Report on the lunatic asylums in Bengal - 1862-
Year: 1862
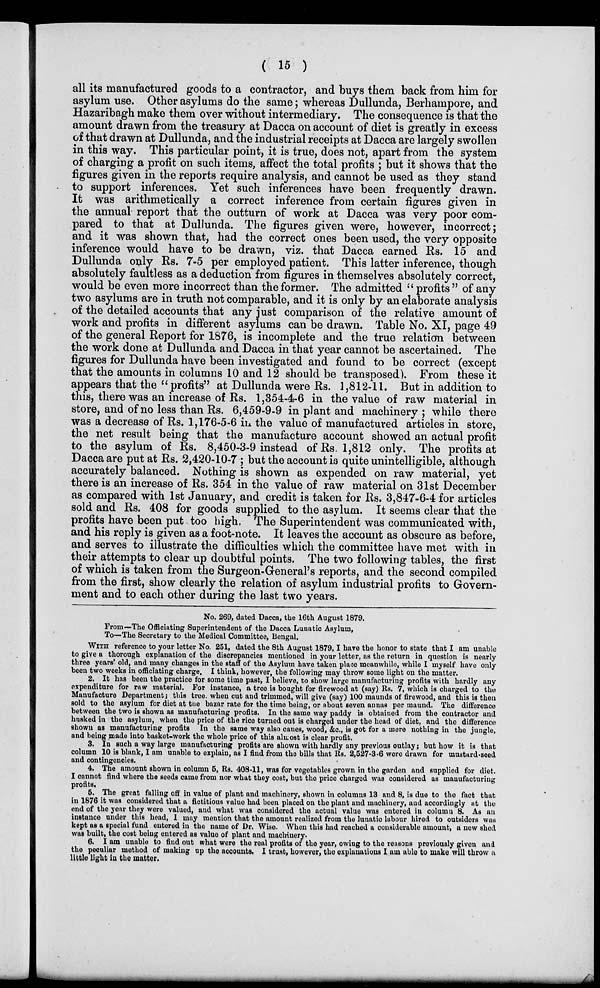
( 15 )
all its manufactured goods to a contractor, and buys them back from him for
asylum use. Other asylums do the same; whereas Dullunda, Berhampore, and
Hazaribagh make them over without intermediary. The consequence is that the
amount drawn from the treasury at Dacca on account of diet is greatly in excess
of that drawn at Dullunda, and the industrial receipts at Dacca are largely swollen
in this way. This particular point, it is true, does not, apart from the system
of charging a profit on such items, affect the total profits ; but it shows that the
figures given in the reports require analysis, and cannot be used as they stand
to support inferences. Yet such inferences have been frequently drawn.
It was arithmetically a correct inference from certain figures given in
the annual report that the outturn of work at Dacca was very poor com-
pared to that at Dullunda. The figures given were, however, incorrect;
and it was shown that, had the correct ones been used, the very opposite
inference would have to be drawn, viz. that Dacca earned Rs. 15 and
Dullunda only Rs. 7-5 per employed patient. This latter inference, though
absolutely faultless as a deduction from figures in themselves absolutely correct,
would be even more incorrect than the former. The admitted " profits " of any
two asylums are in truth not comparable, and it is only by an elaborate analysis
of the detailed accounts that any just comparison of the relative amount of
work and profits in different asylums can be drawn. Table No. XI, page 49
of the general Report for 1876, is incomplete and the true relation between
the work done at Dullunda and Dacca in that year cannot be ascertained. The
figures for Dullunda have been investigated and found to be correct (except
that the amounts in columns 10 and 12 should be transposed). From these it
appears that the " profits" at Dullunda were Rs. 1,812-11. But in addition to
this, there was an increase of Rs. 1,354-4-6 in the value of raw material in
store, and of no less than Rs. 6,459-9-9 in plant and machinery ; while there
was a decrease of Rs. 1,176-5-6 in the value of manufactured articles in store,
the net result being that the manufacture account showed an actual profit
to the asylum of Rs. 8,450-3-9 instead of Rs. 1,812 only. The profits at
Dacca are put at Rs. 2,420-10-7; but the account is quite unintelligible, although
accurately balanced. Nothing is shown as expended on raw material, yet
there is an increase of Rs. 354 in the value of raw material on 31st December
as compared with 1st January, and credit is taken for Rs. 3,847-6-4 for articles
sold and Rs. 408 for goods supplied to the asylum. It seems clear that the
profits have been put too high. The Superintendent was communicated with,
and his reply is given as a foot-note. It leaves the account as obscure as before,
and serves to illustrate the difficulties which the committee have met with in
their attempts to clear up doubtful points. The two following tables, the first
of which is taken from the Surgeon-General's reports, and the second compiled
from the first, show clearly the relation of asylum industrial profits to Govern-
ment and to each other during the last two years.
No. 269, dated Dacca, the 16th August 1879.
From—The Officiating Superintendent of the Dacca Lunatic Asylum,
To—The Secretary to the Medical Committee, Bengal.
WITH reference to your letter No. 251, dated the 8th August 1879, I have the honor to state that I am unable
to give a thorough explanation of the discrepancies mentioned in your letter, as the return in question is nearly
three years' old, and many changes in the staff of the Asylum have taken place meanwhile, while I myself have only
been two weeks in officiating charge. I think, however, the following may throw some light on the matter.
2. It has been the practice for some time past, I believe, to show large manufacturing profits with hardly any
expenditure for raw material. For instance, a tree is bought for firewood at (say) Rs. 7, which is charged to the
Manufacture Department; this tree. when cut and trimmed, will give (say) 100 maunds of firewood, and this is then
sold to the asylum for diet at the bazar rate for the time being, or about seven annas per maund. The difference
between the two is shown as manufacturing profits. In the same way paddy is obtained from the contractor and
husked in the asylum, when the price of the rice turned out is charged under the head of diet, and the difference
shown as manufacturing profits In the same way also canes, wood, &c., is got for a mere nothing in the jungle,
and being made into basket-work the whole price of this almost is clear profit.
3. In such a way large manufacturing profits are shown with hardly any previous outlay ; but how it is that
column 10 is blank, I am unable to explain, as I find from the bills that Rs. 2,527-3-6 were drawn for mustard-seed
and contingencies.
4. The amount shown in column 5, Rs. 408.11, was for vegetables grown in the garden and supplied for diet.
I cannot find where the seeds came from nor what they cost, but the price charged was considered as manufacturing
profits.
5. The great falling off in value of plant and machinery, shown in columns 13 and 8, is due to the fact that
in 1876 it was considered that a fictitious value had been placed on the plant and machinery, and accordingly at the
end of the year they were valued, and what was considered the actual value was entered in column 8. As an
instance under this head, 1 may mention that the amount realized from the lunatic labour hired to outsiders was
kept as a special fund entered in the name of Dr. Wise. When this had reached a considerable amount, a new shed
was built, the cost being entered as value of plant and machinery.
6. I am unable to find out what were the real profits of the year, owing to the reasons previously given and
the peculiar method of making up the accounts. I trust, however, the explanations I am able to make will throw a
little light in the matter.